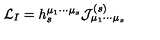
{ \cal L } _ { I } = h _ { s } ^ { \mu _ { 1 } \cdots \mu _ { s } } { \cal J } _ { \mu _ { 1 } \cdots \mu _ { s } } ^ { ( s ) }